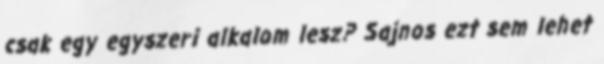
csak egy egyszeri alkalom lesz? Sajnos ezt sem lehet